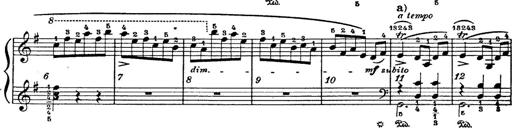
Title: 6 Polish Songs
Composer: Franz Liszt